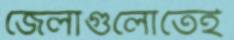
জেলাগুলোতেই